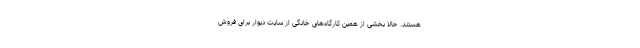
هستند. حالا بخشی از همین کارگاه‌های خانگی از سایت دیوار برای فروش